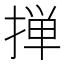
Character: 掸